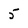
Character: 5